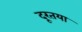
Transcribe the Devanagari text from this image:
दूरतया